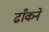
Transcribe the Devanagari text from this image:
ढाँकने